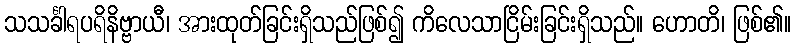
သသင်္ခါရပရိနိဗ္ဗာယီ၊ အားထုတ်ခြင်းရှိသည်ဖြစ်၍ ကိလေသာငြိမ်းခြင်းရှိသည်။ ဟောတိ၊ ဖြစ်၏။